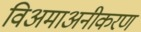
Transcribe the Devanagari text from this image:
विअमाअनीकरण